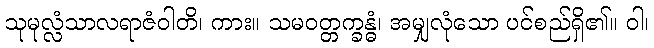
သုမုလ္လံသာလရာဇံဝါတိ၊ ကား။ သမဝတ္တက္ခန္ဓံ၊ အမျှလုံသော ပင်စည်ရှိ၏။ ဝါ၊